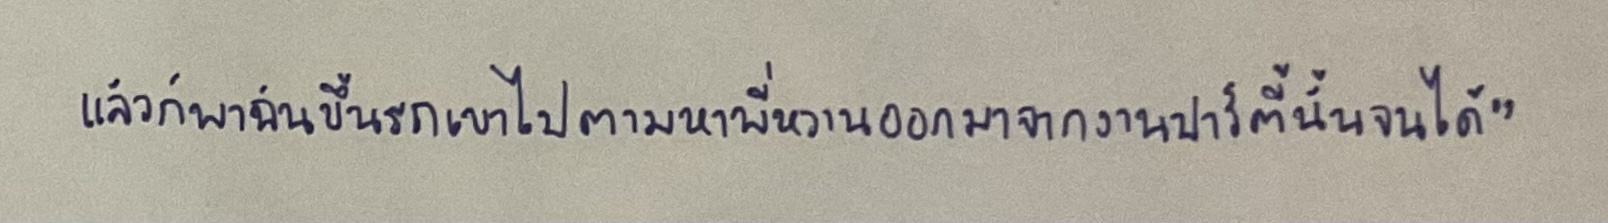
แล้วก็พาฉันขึ้นรถเขาไปตามหาพี่หวานออกมาจากงานปาร์ตี้นั่นจนได้"